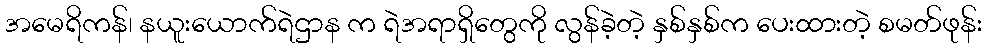
အမေရိကန်၊ နယူးယောက်ရဲဌာန က ရဲအရာရှိတွေကို လွန်ခဲ့တဲ့ နှစ်နှစ်က ပေးထားတဲ့ စမတ်ဖုန်း